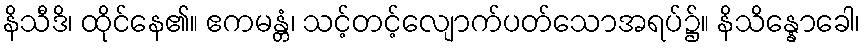
နိသီဒိ၊ ထိုင်နေ၏။ ဧကမန္တံ၊ သင့်တင့်လျောက်ပတ်သောအရပ်၌။ နိသိန္နောခေါ၊